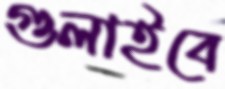
গুলাইবে